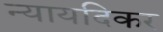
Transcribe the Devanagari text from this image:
न्यायदिकर